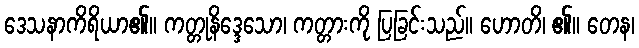
ဒေသနာကိရိယာ၏။ ကတ္တုနိဒ္ဒေသော၊ ကတ္တားကို ပြခြင်းသည်။ ဟောတိ၊ ၏။ တေန၊